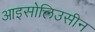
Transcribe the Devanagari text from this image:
आइसोलिउसीन